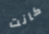
كانت